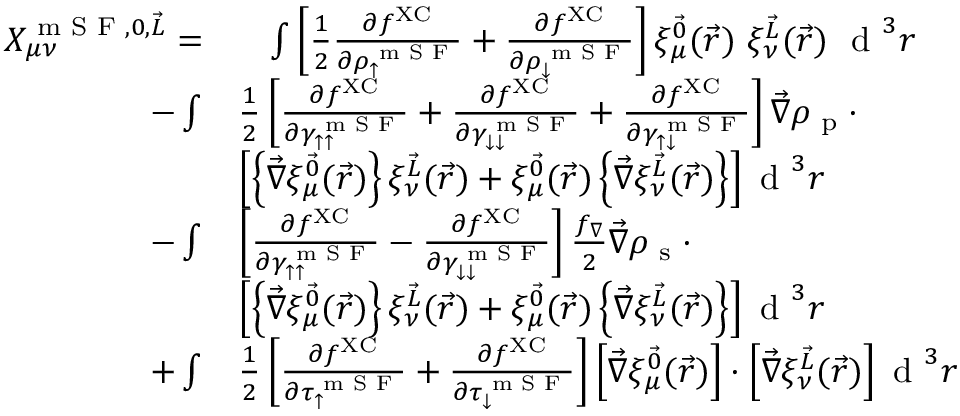
\begin{array} { r l } { X _ { \mu \nu } ^ { \textrm { m S F } , 0 , \vec { L } } = } & { \phantom { + } \int \left[ \frac { 1 } { 2 } \frac { \partial f ^ { \mathrm { X C } } } { \partial \rho _ { \uparrow } ^ { \textrm { m S F } } } + \frac { \partial f ^ { \mathrm { X C } } } { \partial \rho _ { \downarrow } ^ { \textrm { m S F } } } \right] \xi _ { \mu } ^ { \vec { 0 } } ( \vec { r } ) ~ \xi _ { \nu } ^ { \vec { L } } ( \vec { r } ) ~ \textrm { d } ^ { 3 } r } \\ { - \int } & { \frac { 1 } { 2 } \left[ \frac { \partial f ^ { \mathrm { X C } } } { \partial \gamma _ { \uparrow \uparrow } ^ { \textrm { m S F } } } + \frac { \partial f ^ { \mathrm { X C } } } { \partial \gamma _ { \downarrow \downarrow } ^ { \textrm { m S F } } } + \frac { \partial f ^ { \mathrm { X C } } } { \partial \gamma _ { \uparrow \downarrow } ^ { \textrm { m S F } } } \right] \vec { \nabla } \rho _ { \textrm { p } } \cdot } \\ & { \left[ \left\{ \vec { \nabla } \xi _ { \mu } ^ { \vec { 0 } } ( \vec { r } ) \right\} \xi _ { \nu } ^ { \vec { L } } ( \vec { r } ) + \xi _ { \mu } ^ { \vec { 0 } } ( \vec { r } ) \left\{ \vec { \nabla } \xi _ { \nu } ^ { \vec { L } } ( \vec { r } ) \right\} \right] \textrm { d } ^ { 3 } r } \\ { - \int } & { \left[ \frac { \partial f ^ { \mathrm { X C } } } { \partial \gamma _ { \uparrow \uparrow } ^ { \textrm { m S F } } } - \frac { \partial f ^ { \mathrm { X C } } } { \partial \gamma _ { \downarrow \downarrow } ^ { \textrm { m S F } } } \right] \frac { f _ { \nabla } } { 2 } \vec { \nabla } \rho _ { \textrm { s } } \cdot } \\ & { \left[ \left\{ \vec { \nabla } \xi _ { \mu } ^ { \vec { 0 } } ( \vec { r } ) \right\} \xi _ { \nu } ^ { \vec { L } } ( \vec { r } ) + \xi _ { \mu } ^ { \vec { 0 } } ( \vec { r } ) \left\{ \vec { \nabla } \xi _ { \nu } ^ { \vec { L } } ( \vec { r } ) \right\} \right] \textrm { d } ^ { 3 } r } \\ { + \int } & { \frac { 1 } { 2 } \left[ \frac { \partial f ^ { \mathrm { X C } } } { \partial \tau _ { \uparrow } ^ { \textrm { m S F } } } + \frac { \partial f ^ { \mathrm { X C } } } { \partial \tau _ { \downarrow } ^ { \textrm { m S F } } } \right] \left[ \vec { \nabla } \xi _ { \mu } ^ { \vec { 0 } } ( \vec { r } ) \right] \cdot \left[ \vec { \nabla } \xi _ { \nu } ^ { \vec { L } } ( \vec { r } ) \right] \textrm { d } ^ { 3 } r } \end{array}